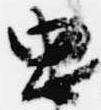
忠